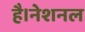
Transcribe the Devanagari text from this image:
है।नेशनल